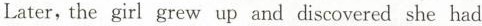
Later, the girl grew up and discovered she had